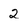
Character: 2